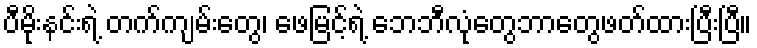
ပီမိုးနင်းရဲ့ တက်ကျမ်းတွေ၊ ဖေမြင့်ရဲ့ ဘေဘီလုံတွေဘာတွေဖတ်ထားပြီးပြီ။